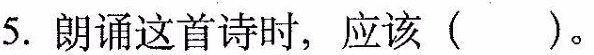
5.朗诵这首诗时，应该()。